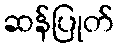
ဆန်ပြုတ်